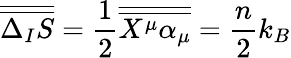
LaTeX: {\overline{{\overline{{\Delta_{I}S}}}}}=\frac{1}{2}{\overline{{\overline{{X^{\mu}\alpha_{\mu}}}}}}=\frac{n}{2}k_{B}